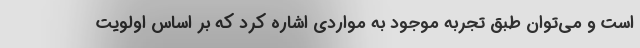
است و می­توان طبق تجربه موجود به مواردی اشاره کرد که بر اساس اولویت